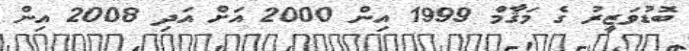
ބޮޑުވަޒީރު ގެ މަޤާމް 1999 އިން 2000 އަށް އަދި 2008 އިން